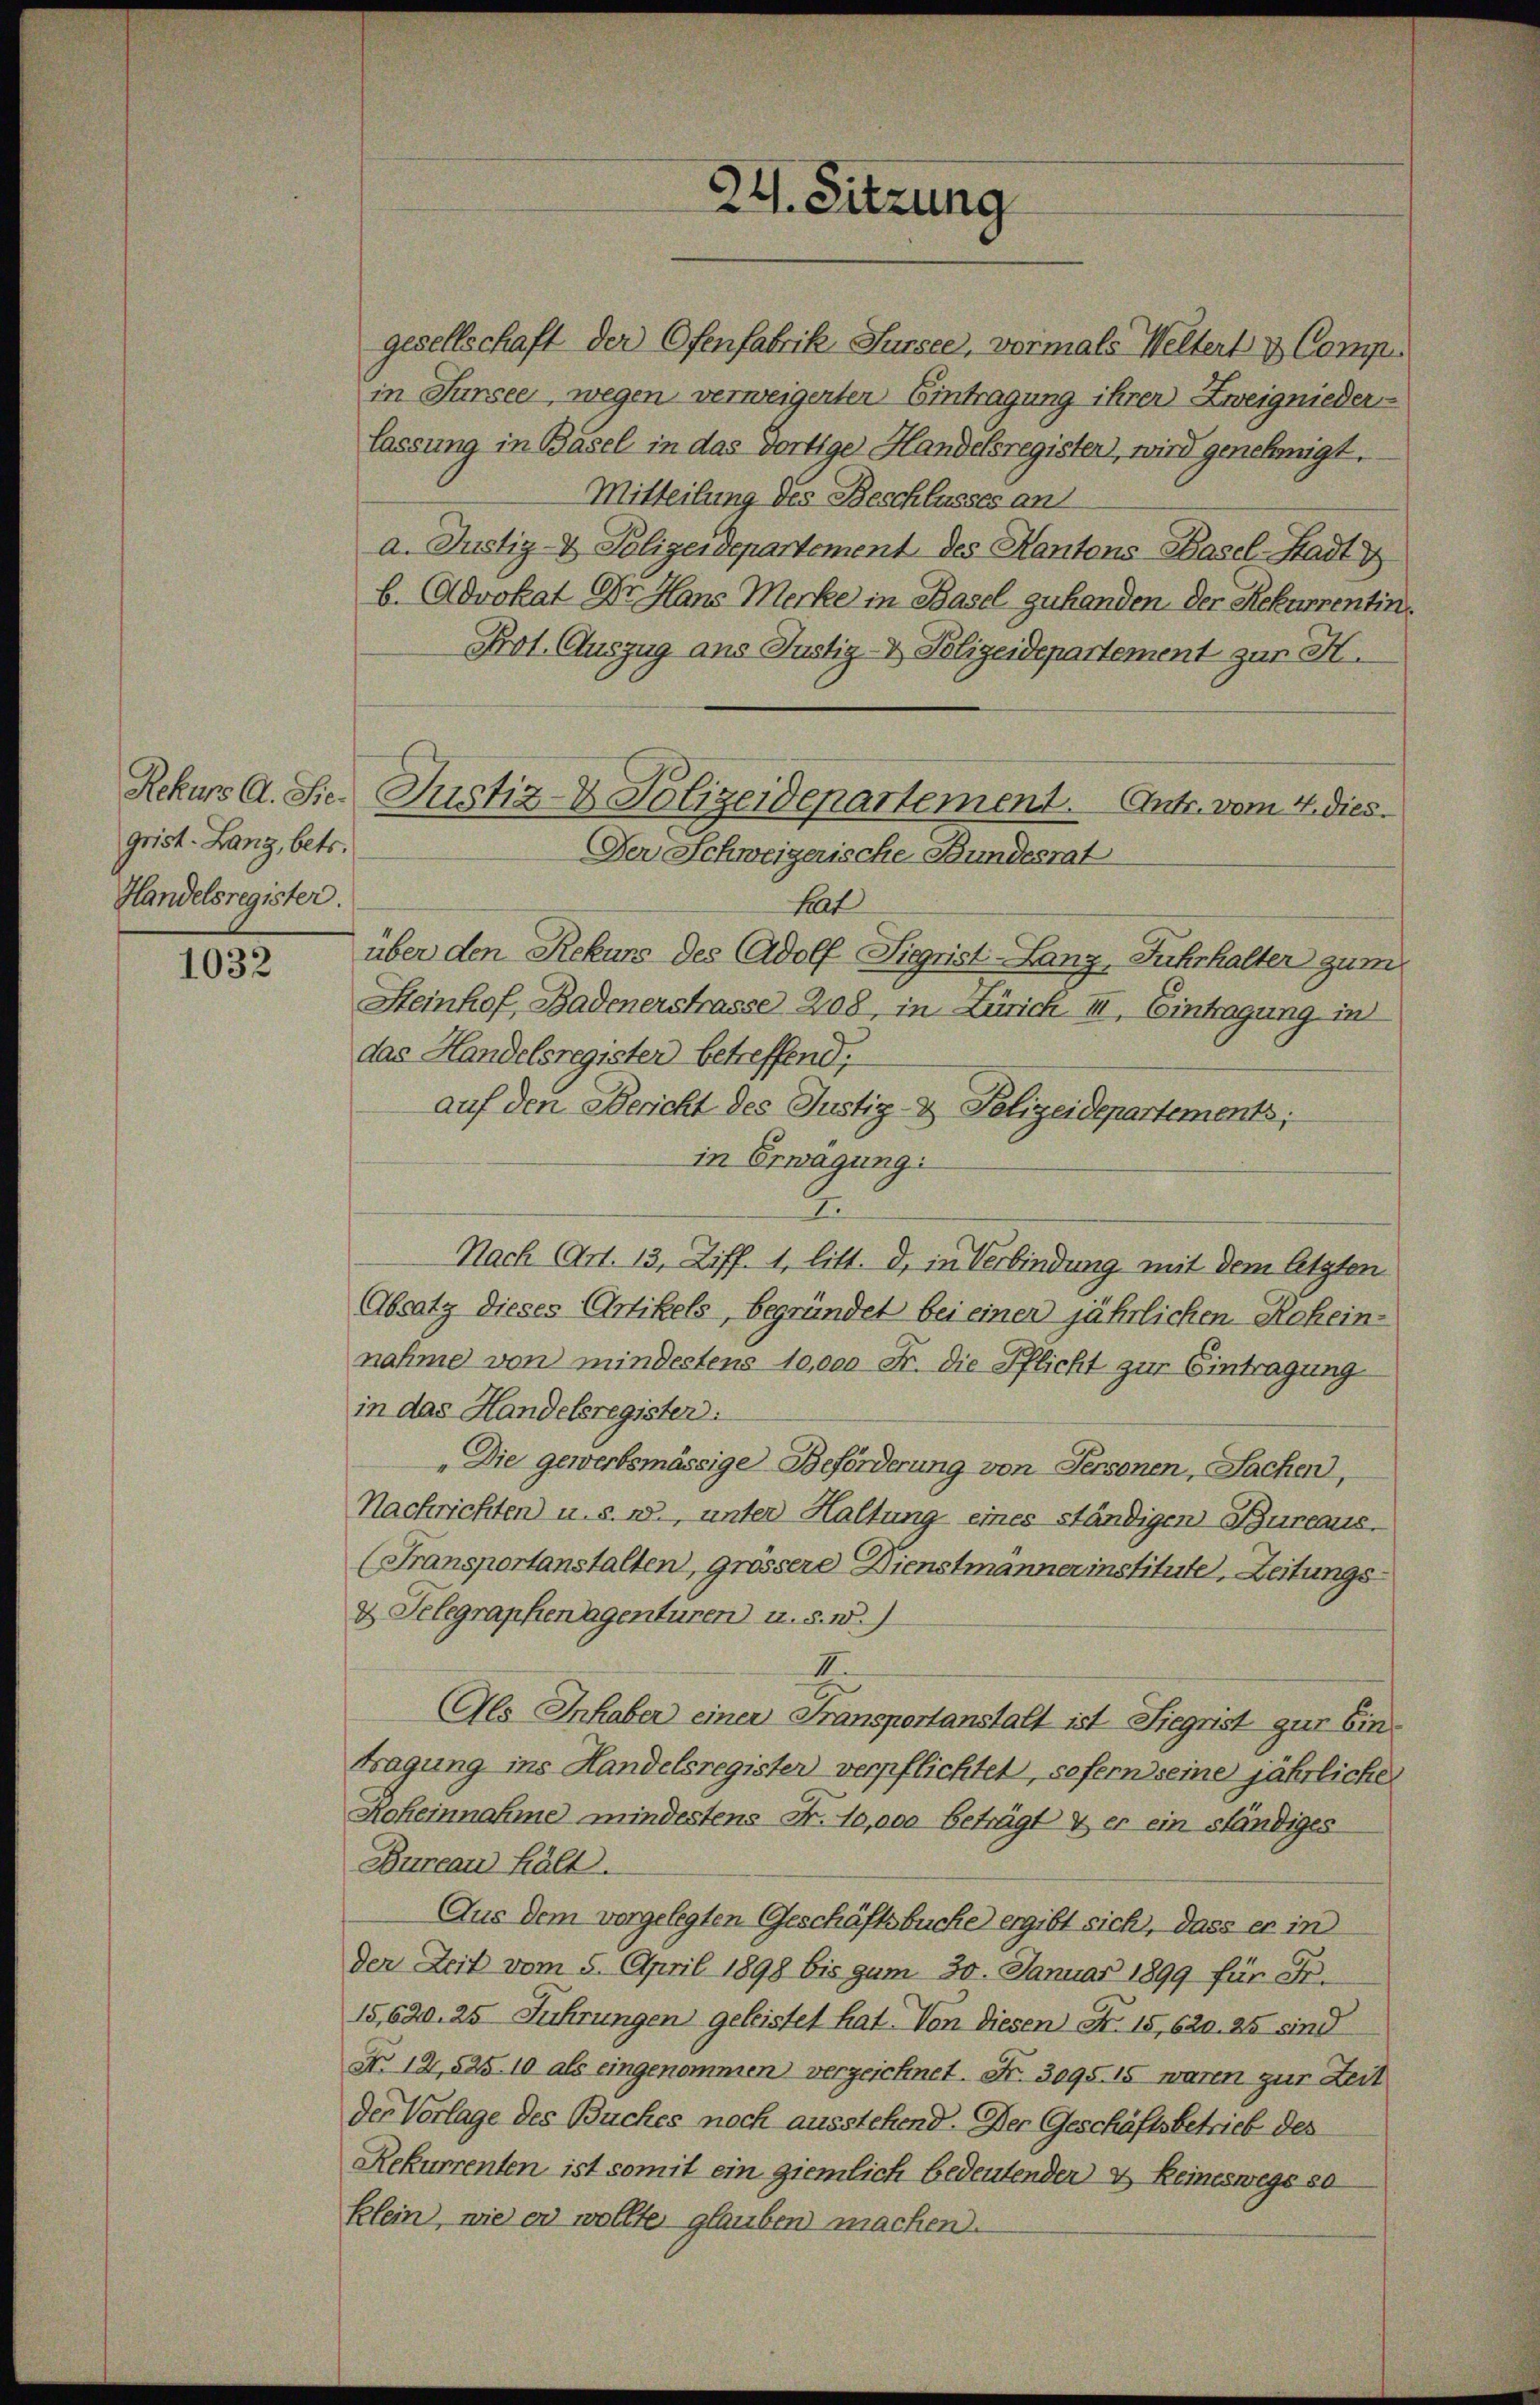
grist. Lang, betr.
Handelsregister.

1032

gesellschaft der Ofenfabrik Sursee, vormals Weltert & Compe
in Sursee, wegen verweigenten Eintragung ihren Zweignieder-
lassung in Basel in das dortige Handelsregisten, wird genehmigt.
Mitteilung des Beschlusses an
a. Justiz- & Polizeidepartement des Kantons Basel-Stadt u
b. Advokat Dr. Hans Merke in Basel zuhanden. Der Rekurrentin¬
Prot. Auszug aus Justiz- & Polizeidepartement zur H.
hat
über den Rekurs des Adolf Sigrist-Lanz, Fuhrhalter gum
Heinhof, Badenerstrasse 208, in Zürich II. Eintragung in
das Handelsregister betreffend;
auf den Bericht des Justiz- & Polizeidepartements;
in Erwägung:
.
Nach (Art. 13, Ziff. 1, litt. d, in Verbindung mit dem letzten
Absatz dieses Artikels, begründet bei einer jährlichen Rohein-
nahme von mindestens 10,000 Fr. die Pflicht zur Eintragung
in das Handelsregister.
„Die gewerbsmässige Beförderung von Personen, Sachen,
Nachrichten) u. s. w., unter Haltung eines ständigen Bureaus¬
(Fransportanstalten, grössere Dienstmänner institute, Zeitungsd. Telegraphen Agenturen u. s. w.)
I
Als Inhaber einer Fransportanstalt ist Siegrist zur Eintragung ins Handelsregister verpflichtet, sofern seine jährliche
Koheinnahme mindestens Fr. 10,000 beträgt & er ein ständiges
Bureau hält.
Aus dem vorgelegten Geschäftsbuche ergibt sich, dass er in
der Zeit vom 5. April 1898 bis gum 30. Januar 1899 für Fr.
15,620. 25 Führungen geleistet hat. Von diesen Nr. 15, 620. 25 sind
N. 12, 525. 10 als eingenommen verzeichnet. Fr. 3095. 15 waren zur Zeit
der Vorlage des Buches noch ausstehend. Der Geschäftsbetrieb des
Rekurrenten ist somit ein ziemlich bedeutenden & Reineswegs so
klein, wie er wollte glauben machen.

24. Sitzung

Rekurs A. Sie Justiz- & Polizeidepartement. Antr. vom 4. dies
Der Schweizerische Bundesrat